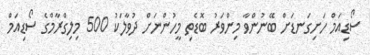
ސޯޑިއަމް ހަށިގަނޑަށް ބޭނުންވާ މިންވަރު ބޮޑެތި މީހުންނަށް ދުވާލަކު 500 މިލިގްރާމްގެ ސޯޑިއަމް